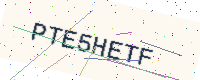
Text: PTE5HETF